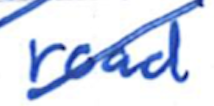
Text: road
Cross-out: diagonal
Writing tool: ballpoint